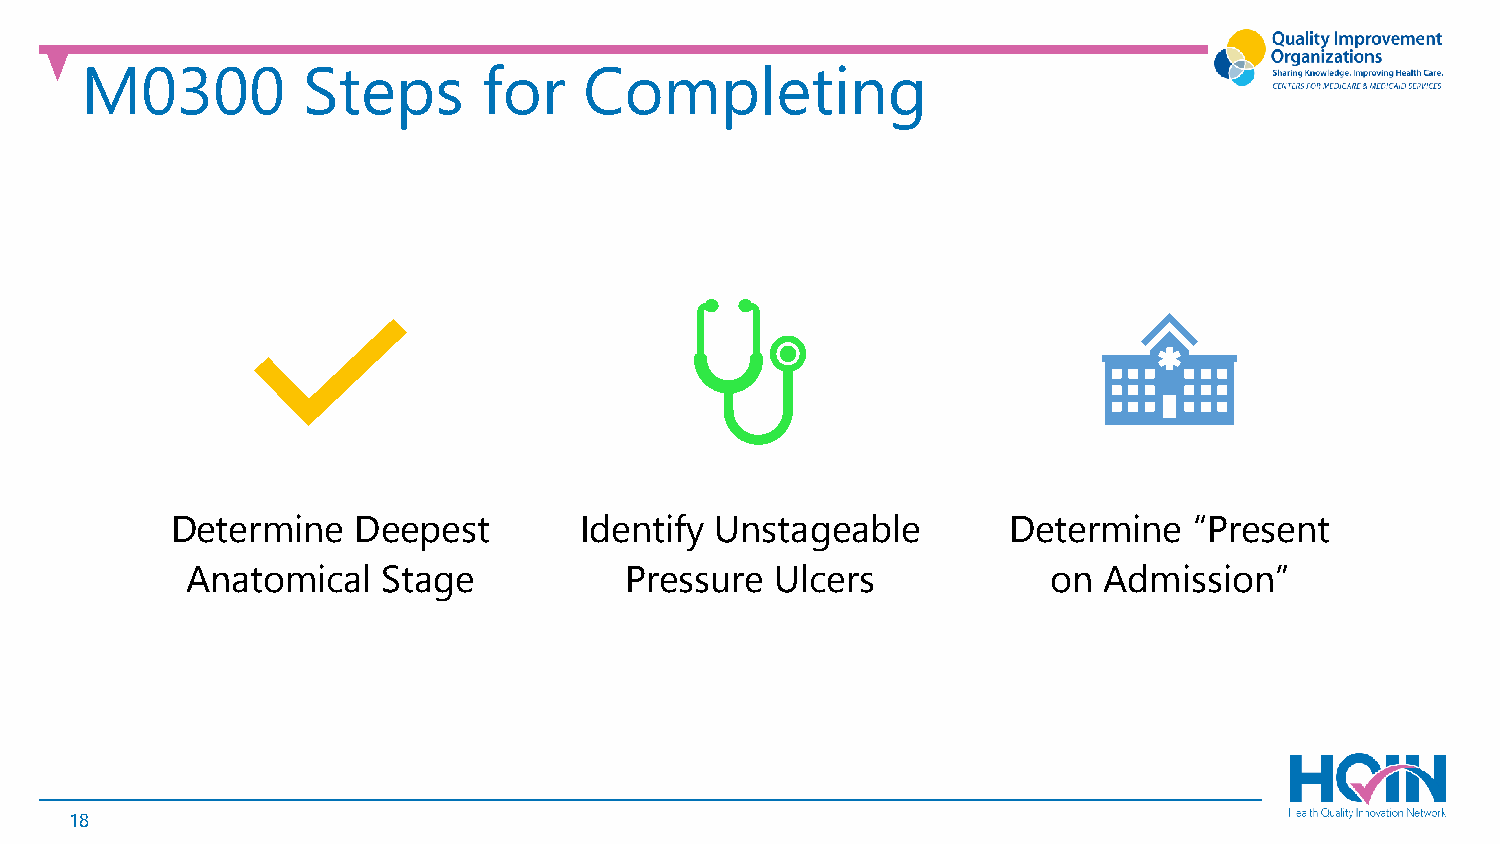
M0300          Steps       for    Completing
 Determine   Deepest        Identify Unstageable         Determine   “Present
 Anatomical   Stage           Pressure  Ulcers            on  Admission”
 18